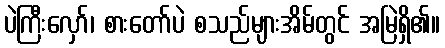
ပဲကြီးလှော်၊ စားတော်ပဲ စသည်များအိမ်တွင် အမြဲရှိ၏။